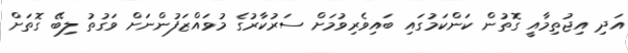
އަދި އިޖުތިމާއީ ގޮތުން ކަންކަމުގައި ބައިވެރިވުމަށް ސަރުކާރުގެ މުވައްޒަފުންނަށް ވަގުތު ލިބޭ ގޮތަށް